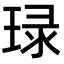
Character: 琭